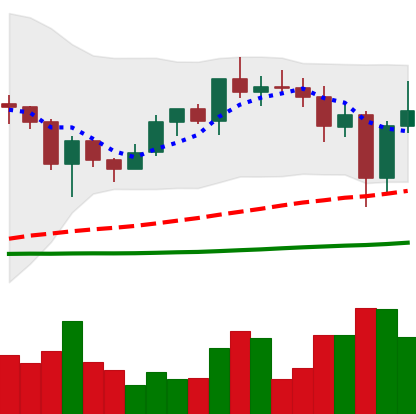
Ticker: ADA-USD
Chart end date: 2020-12-25
Forward return: 16.803%
Label: up_7plus